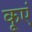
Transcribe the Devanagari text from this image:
कूएं